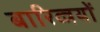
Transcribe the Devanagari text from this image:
बारिव्त्रयों